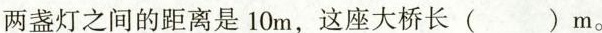
两盏灯之间的距离是10m，这座大桥长()m。